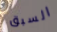
السبق